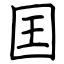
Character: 囯